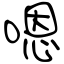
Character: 嗯